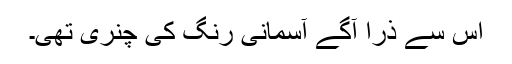
اس سے ذرا آگے آسمانی رنگ کی چنری تھی۔